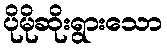
ပိုမိုဆိုးရွားသော